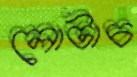
লোটাচ